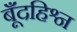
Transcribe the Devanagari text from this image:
बूँदहिश्न